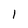
Character: 1